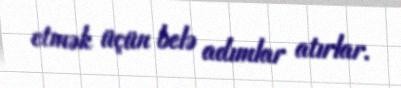
etmək üçün belə adımlar atırlar.